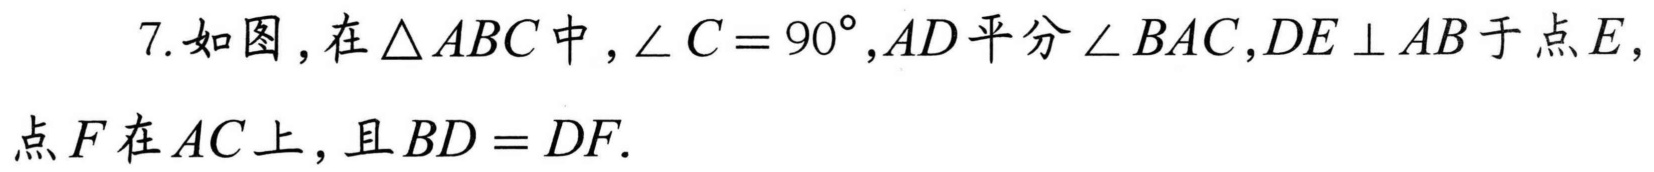
7.如图，在$\triangle ABC$中，$\angle C = 90^{\circ},AD$平分$\angle BAC,DE\perp AB$于点$E$，点$F$在$AC$上，且$BD = DF$.